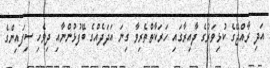
އަދި ރާއްޖޭގެ ކުޅިވަރުގެ ދާއިރާގައި ހަރަކާތްތެރިވާ ގިނަ އަދަދެއްގެ ބޭފުޅުންނާއި ދިވެހި ސިފައިންގެ